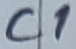
Text: C1